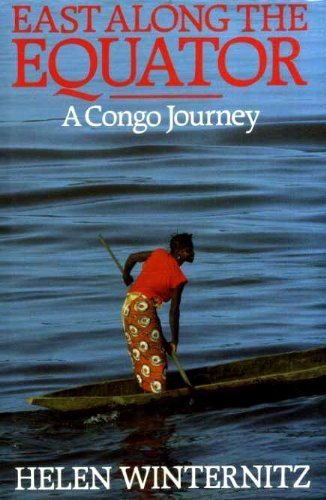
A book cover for East Along the Equator: A Congo Journey; Helen Winternitz; Travel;